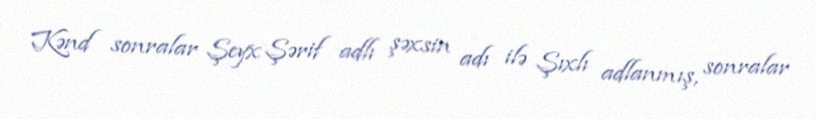
Kənd sonralar Şeyx Şərif adlı şəxsin adı ilə Şıxlı adlanmış, sonralar